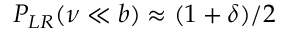
P _ { L R } ( \nu \ll b ) \approx ( 1 + \delta ) / 2